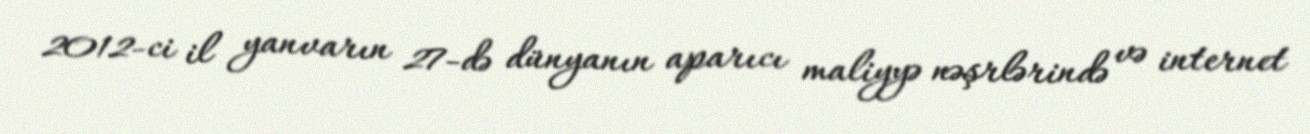
2012-ci il yanvarın 27-də dünyanın aparıcı maliyyə nəşrlərində və internet